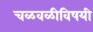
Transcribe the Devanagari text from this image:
चळवळीविषयी